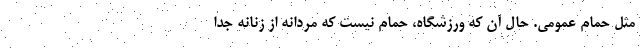
مثل حمام عمومی. حال آن که ورزشگاه، حمام نیست که مردانه از زنانه جدا